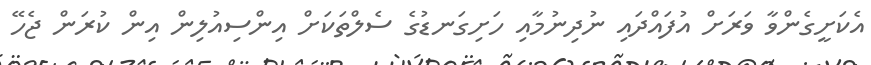
އެކަށީގެންވާ ވަރަށް އުފައްދައި ނުދިނުމާއި ހަށިގަނޑުގެ ސެލްތަކަށް އިންސިއުލިން އިން ކުރަން ޖެހޭ